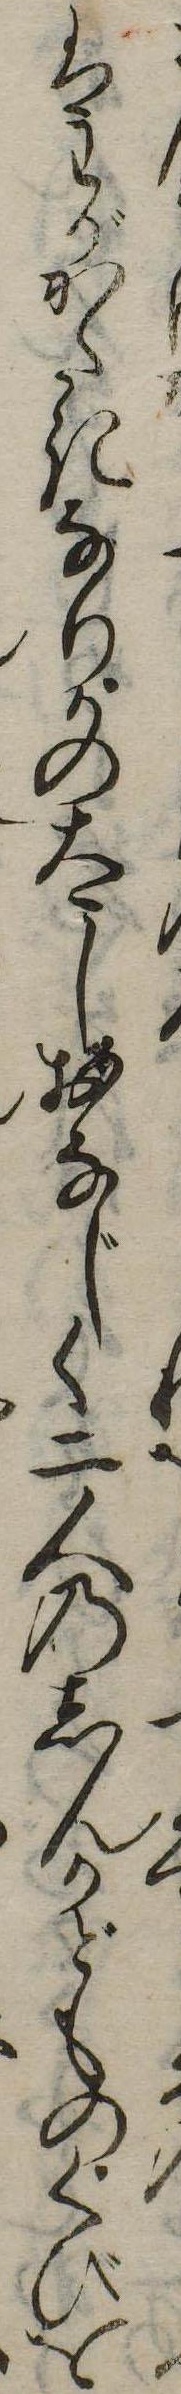
はわがかたきなりかの太しおなじく二人のしんかどものくびを